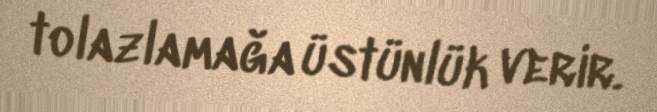
tolazlamağa üstünlük verir.